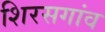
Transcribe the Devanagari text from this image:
शिरसगांव